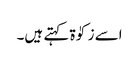
اسے زکوٰۃ کہتے ہیں۔